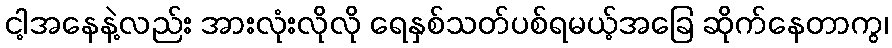
ငါ့အနေနဲ့လည်း အားလုံးလိုလို ရေနှစ်သတ်ပစ်ရမယ့်အခြေ ဆိုက်နေတာကွ၊